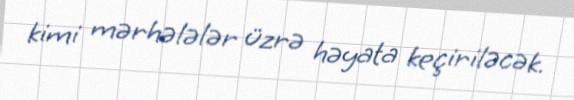
kimi mərhələlər üzrə həyata keçiriləcək.